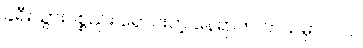
ခရီးသွားပစ္စည်း ရောင်းတဲ့ နေရာက ဘယ်မှာပါလဲ။